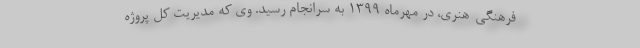
فرهنگی-هنری، در مهرماه 1399 به سرانجام رسید. وی که مدیریت کل پروژه